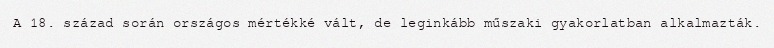
A 18. század során országos mértékké vált, de leginkább műszaki gyakorlatban alkalmazták.